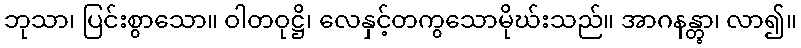
ဘုသာ၊ ပြင်းစွာသော။ ဝါတဝုဋ္ဌိ၊ လေနှင့်တကွသောမိုဃ်းသည်။ အာဂနန္တွာ၊ လာ၍။